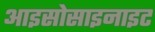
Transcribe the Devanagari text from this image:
आइसोसाइनाइट